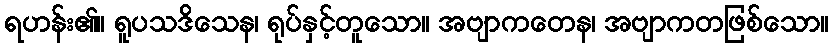
ရဟန်း၏။ ရူပသဒိသေန၊ ရုပ်နှင့်တူသော။ အဗျာကတေန၊ အဗျာကတဖြစ်သော။